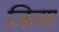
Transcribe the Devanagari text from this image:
जिव्या